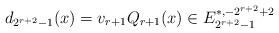
LaTeX: \begin{align*}d_{2^{r+2}-1}(x)=v_{r+1}Q_{r+1}(x) \in E_{2^{r+2}-1}^{*, -2^{r+2}+2}\end{align*}